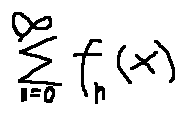
\sum \limits _ { n = 0 } ^ { \infty } f _ { n } ( x )